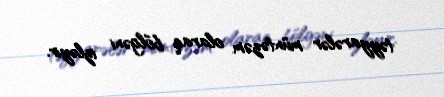
təyyarələr müntəzəm olaraq bölgəni izləyir.